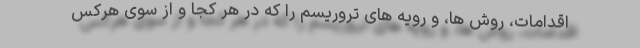
اقدامات، روش ها، و رویه های تروریسم را که در هر کجا و از سوی هرکس